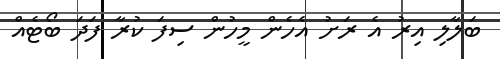
ބަލާލި އިރު އެ ރަށު އެހެން މީހުން ސިފަ ކުރާ ފަދަ ބޯޓެއް